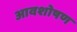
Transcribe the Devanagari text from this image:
आवशोषण